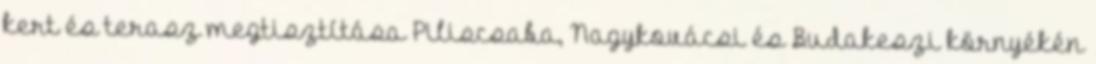
kert és terasz megtisztítása Piliscsaba, Nagykovácsi és Budakeszi környékén